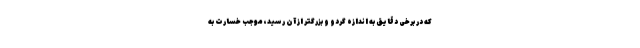
که در برخی دقایق به اندازه گردو و بزرگتر از آن رسید، موجب خسارت به